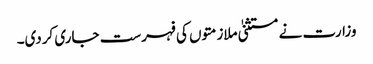
وزارت نے مستثنیٰ ملازمتوں کی فہرست جاری کردی۔